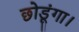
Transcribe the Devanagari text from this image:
छोडूंगा।